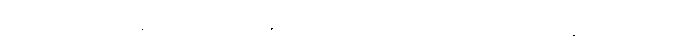
မိစ္ဆာဒိဋ္ဌိကမ္မသမာဒါနာ၊ မှားသောအယူ၏အစွမ်းဖြင့် ဆောက်တည်အပ်သောကံရှိကုန်၏။ တေ သတ္တာ၊